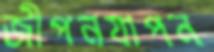
জীপনযাপন